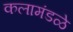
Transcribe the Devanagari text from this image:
कलामंडळे